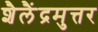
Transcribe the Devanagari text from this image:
शैलैंद्रमुत्तर